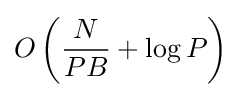
O\left({\frac {N}{PB}}+\log P\right)